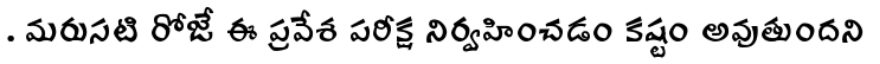
. మరుసటి రోజే ఈ ప్రవేశ పరీక్ష నిర్వహించడం కష్టం అవుతుందని